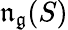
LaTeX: {\mathfrak{n}}_{\mathfrak{g}}(S)